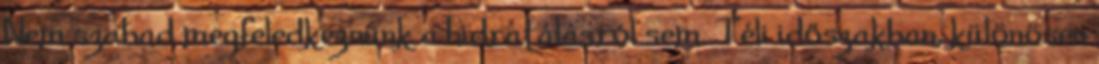
Nem szabad megfeledkeznünk a hidratálásról sem. Téli időszakban, különösen